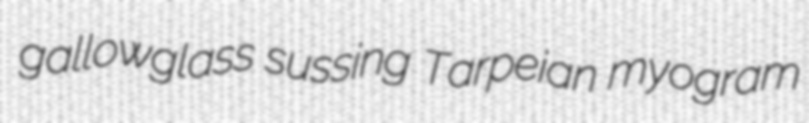
gallowglass sussing Tarpeian myogram